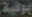
يوفية